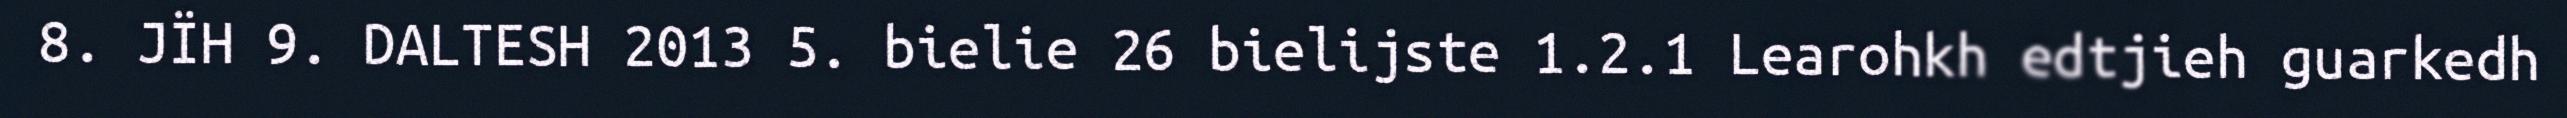
8. JÏH 9. DALTESH 2013 5. bielie 26 bielijste 1.2.1 Learohkh edtjieh guarkedh